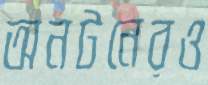
অনটনেরও